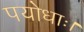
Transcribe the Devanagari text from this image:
पयोधाः।